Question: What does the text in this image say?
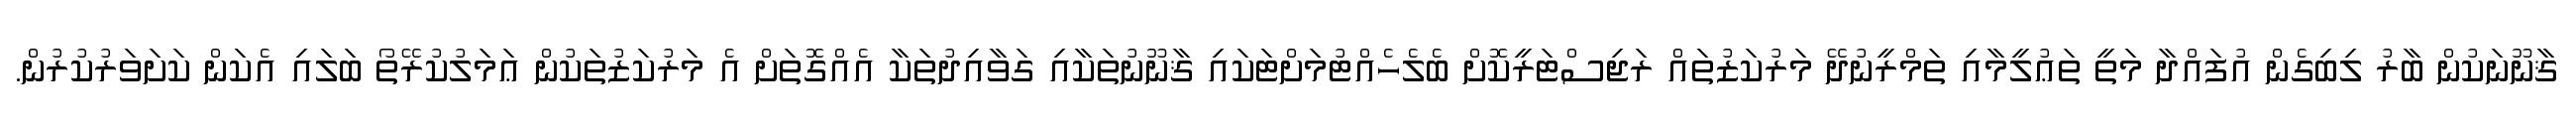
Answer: ޤާނޫނަކުން ބާރު ލިބިގެން އުފައްދާ މަތީ ތަޢުލީމާއި ތަމްރީނުދޭ މަރުކަޒުތައް ރަޖިސްޓަރީކޮށް ބެލެހެއްޓުމަށްޓަކައި ޤާނޫނުތަކާއި ގަވާއިދުތަކާ އެއްގޮތަށް އެ މަރުކަޒުތަކުން ޢަމަލުކުރޭތޯ ބަލައި އެކަން ކަށަވަރުކުރުން.